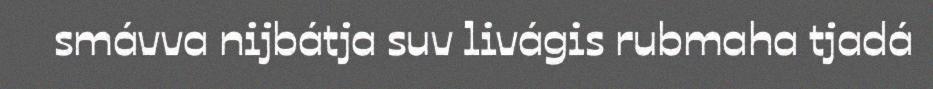
smávva nijbátja suv livágis rubmaha tjadá